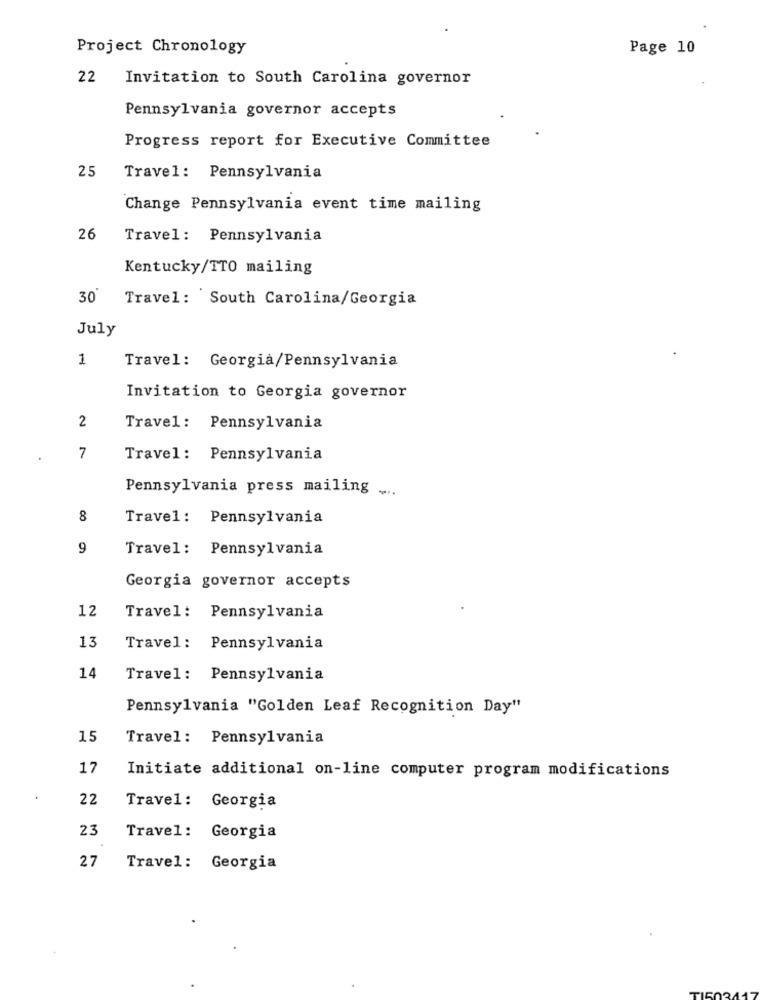
Project Chronology
Page 10
22 Invitation to South Carolina governor
Pennsylvania governor accepts
Progress report for Executive Committee
25
Travel: Pennsylvania
Change Pennsylvania event time mailing
26
Travel: Pennsylvania
Kentucky/TTO mailing
30
Travel: South Carolina/Georgia
July
1
Travel: Georgia/Pennsylvania
Invitation to Georgia governor
2
Travel: Pennsylvania
7
Travel: Pennsylvania
Pennsylvania press mailing ...
8
Travel: Pennsylvania
9
Travel: Pennsylvania
Georgia governor accepts
12
Travel: Pennsylvania
13
Travel: Pennsylvania
14
Travel: Pennsylvania
Pennsylvania "Golden Leaf Recognition Day"
15
Travel: Pennsylvania
17
Initiate additional on-line computer program modifications
22
Travel: Georgia
23
Travel: Georgia
27
Travel: Georgia